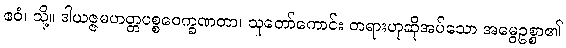
ဧဝံ၊ သို့။ ဒါယဇ္ဇမဟတ္တပစ္စဝေက္ခဏတာ၊ သူတော်ကောင်း တရားဟုဆိုအပ်သော အမွေဥစ္စာ၏